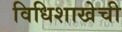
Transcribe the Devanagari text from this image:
विधिशाखेची